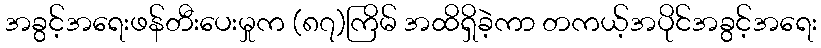
အခွင့်အရေးဖန်တီးပေးမှုက (၈၇)ကြိမ် အထိရှိခဲ့ကာ တကယ့်အပိုင်အခွင့်အရေး